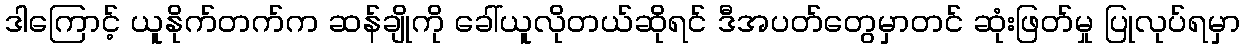
ဒါကြောင့် ယူနိုက်တက်က ဆန်ချိုကို ခေါ်ယူလိုတယ်ဆိုရင် ဒီအပတ်တွေမှာတင် ဆုံးဖြတ်မှု ပြုလုပ်ရမှာ